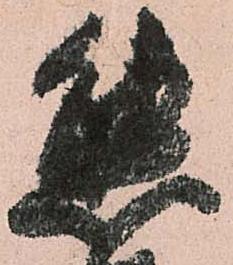
態